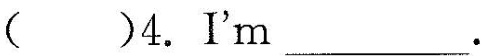
( )4.I'm___.